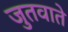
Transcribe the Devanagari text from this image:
जुतवाते